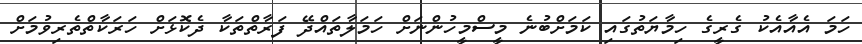
ހަމަ އެއާއެކު ގެރީގެ ހިމާޔަތުގައި ކަމަށްބުނެ މީސްމީހުންނަށް ހަމަލާތައްދޭ ފަރާތްތަކާ ދެކޮޅަށް ހަރަކާތްތެރިވުމަށް